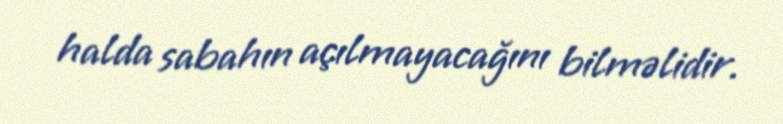
halda sabahın açılmayacağını bilməlidir.